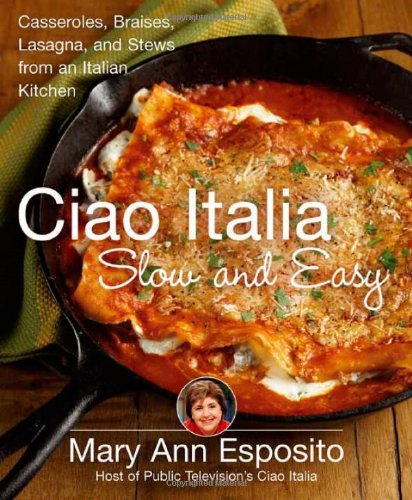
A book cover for Ciao Italia Slow and Easy: Casseroles, Braises, Lasagne, and Stews from an Italian Kitchen; Mary Ann Esposito; Cookbooks, Food & Wine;